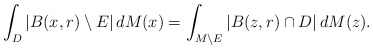
\begin{align*}\int_D|B(x,r)\setminus E|\,dM(x)=\int_{M\setminus E}|B(z,r)\cap D|\,dM(z).\end{align*}